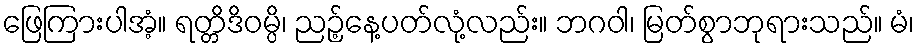
ဖြေကြားပါအံ့။ ရတ္တိဒိဝမ္ပိ၊ ညဉ့်နေ့ပတ်လုံ့လည်း။ ဘဂဝါ၊ မြတ်စွာဘုရားသည်။ မံ၊